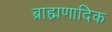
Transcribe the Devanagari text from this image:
ब्राह्मणादिक